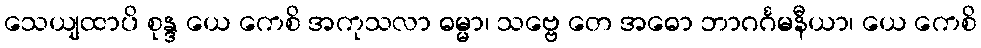
သေယျထာပိ စုန္ဒ ယေ ကေစိ အကုသလာ ဓမ္မာ၊ သဗ္ဗေ တေ အဓော ဘာဂင်္ဂမနီယာ၊ ယေ ကေစိ